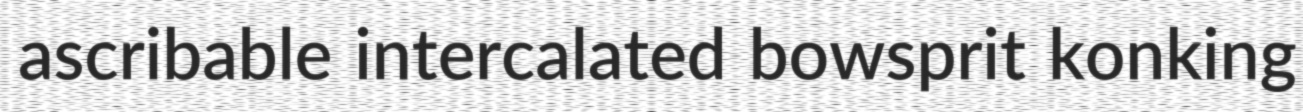
ascribable intercalated bowsprit konking